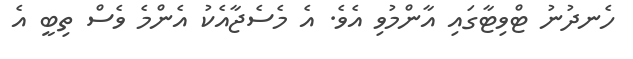
ހެނދުނު ޓްވިޓާގައި އާންމުވި އެވެ. އެ މެސެޖާއެކު އެންމެ ވެސް ތިބީ އެ